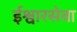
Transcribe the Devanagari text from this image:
ईश्वारसेवा